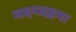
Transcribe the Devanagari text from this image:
मदनदहना